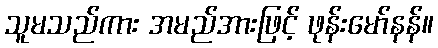
သူမသည်ကား အမည်အားဖြင့် ဖုန်းမော်နန်။